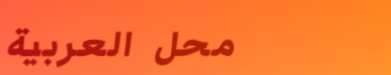
محل العربية